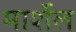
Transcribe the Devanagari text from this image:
मार्शेल